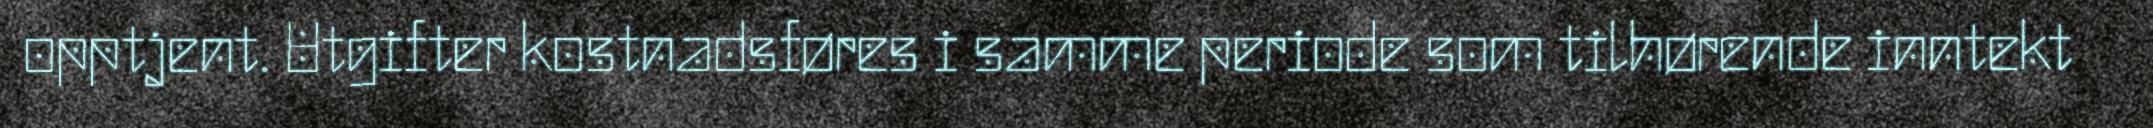
opptjent. Utgifter kostnadsføres i samme periode som tilhørende inntekt